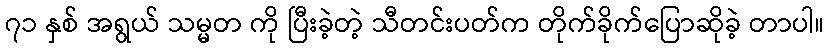
၇၁ နှစ် အရွယ် သမ္မတ ကို ပြီးခဲ့တဲ့ သီတင်းပတ်က တိုက်ခိုက်ပြောဆိုခဲ့ တာပါ။